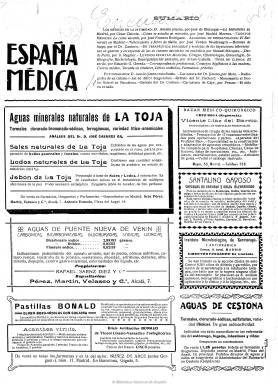
Título: España médica (Madrid. 1911)
Colección: Medicina
Ámbito geográfico: Madrid
Lugar de publicación: Madrid
Fechas: 01/02/1911-01/06/1936

Fundada y dirigida por el ilustre pediatra y escritor de obras de su especialidad José Ignacio de Eleizegui López (1879-1956), que fue también redactor médico de Heraldo de Madrid (1890-1939) y ha sido considerado como el renovador del periodismo médico moderno español. Comienza a publicarla en uno de febrero de 1911, primero con periodicidad decenal (los días 1, 10 y 20 de cada mes), después quincenal y a partir de 1931 con frecuencia mensual. Su paginación y formato varía, desde las 16 hasta las 40 páginas, según aumenta su frecuencia de aparición, así como su composición, de las tres a las dos columnas.

Será un periódico de información científica-profesional e ilustrado, al incorporar un buen número de fotograbados en sus entregas. Comienza cada número con la sección Disposiciones oficiales, y le siguen otras como la titulada Los médicos en la intimidad, en la que ofrece perfiles biográficos y fotografías en sus gabinetes de los facultativos que alcanzan notoriedad entre la clase médica y en la sociedad. Publica asimismo artículos de índole científica, clínica o terapéutica, información sobre las actividades de academias y sociedades; secciones de revista de revistas y de bibliografía; correspondencia y consultorio, además de páginas de carácter literario, como es la sección Cuentos médicos. Incluso, entre sus ilustraciones, inserta caricaturas. También publica reclamos publicitarios.

Además de incorporar en sus páginas los géneros del reportaje y la entrevista, da cuenta de acontecimientos de cariz médico-social y asociativo, haciéndose eco de las visitas de destacados médicos extranjeros a España, o de la elección de médicos como cargos políticos, o su intervención en epidemias o conflictos bélicos, así como la incorporación y el protagonismo de la mujer en la práctica médica. También inserta relaciones de vacantes en las instituciones sanitarias españolas.

La fórmula publicística de Eleizegui –que utilizará el seudónimo Doctor Cauterio para la sección Botones de fuego- dio agilidad y amenidad a una publicación a la que sumó el rigor científico, profesional e informativo en todas las especialidades médicas, incluidas las doctrinas más avanzadas sobre psiquiatría o sexología, o aspectos de higiene pública, de educación sanitaria infantil o de enfermedades infecciosas, etc. En su empresa periodística le acompañó al principio como gerente Carlos Carazo, y más tarde, como secretario, José de Eleizegui Sieyro. También edita una Biblioteca o colección de monografías de divulgación médica.

El último número de la colección de esta publicación en la Biblioteca Nacional de España es el 669, correspondiente a junio de 1936.